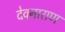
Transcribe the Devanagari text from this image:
देवनाराण